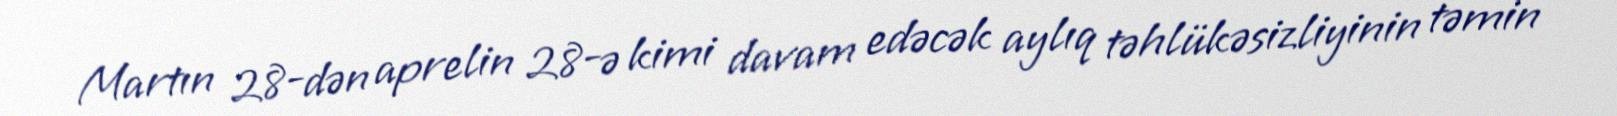
Martın 28-dən aprelin 28-ə kimi davam edəcək aylıq təhlükəsizliyinin təmin